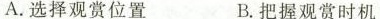
A. 选择观赏位置 B. 把握观赏时机